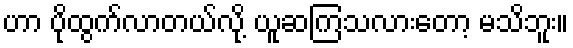
ဟာ ပိုထွက်လာတယ်လို့ ယူဆကြသလားတော့ မသိဘူး။